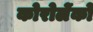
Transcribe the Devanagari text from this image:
कोरोलेंको